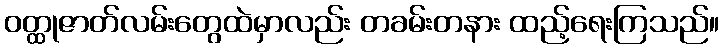
ဝတ္ထုဇာတ်လမ်းတွေထဲမှာလည်း တခမ်းတနား ထည့်ရေးကြသည်။